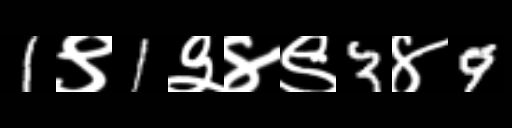
Text: 1९1३४९3४9